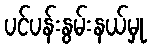
ပင်ပန်းနွမ်းနယ်မှု